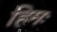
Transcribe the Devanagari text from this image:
हिमः